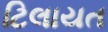
ટિલાયત